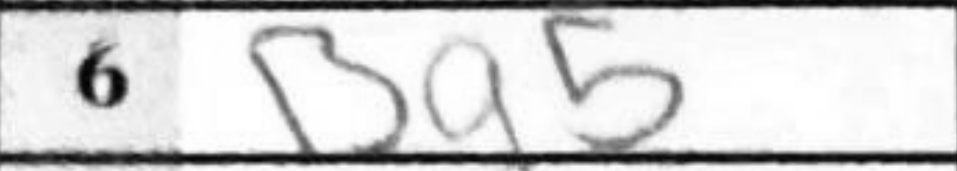
Transcription: Bg5